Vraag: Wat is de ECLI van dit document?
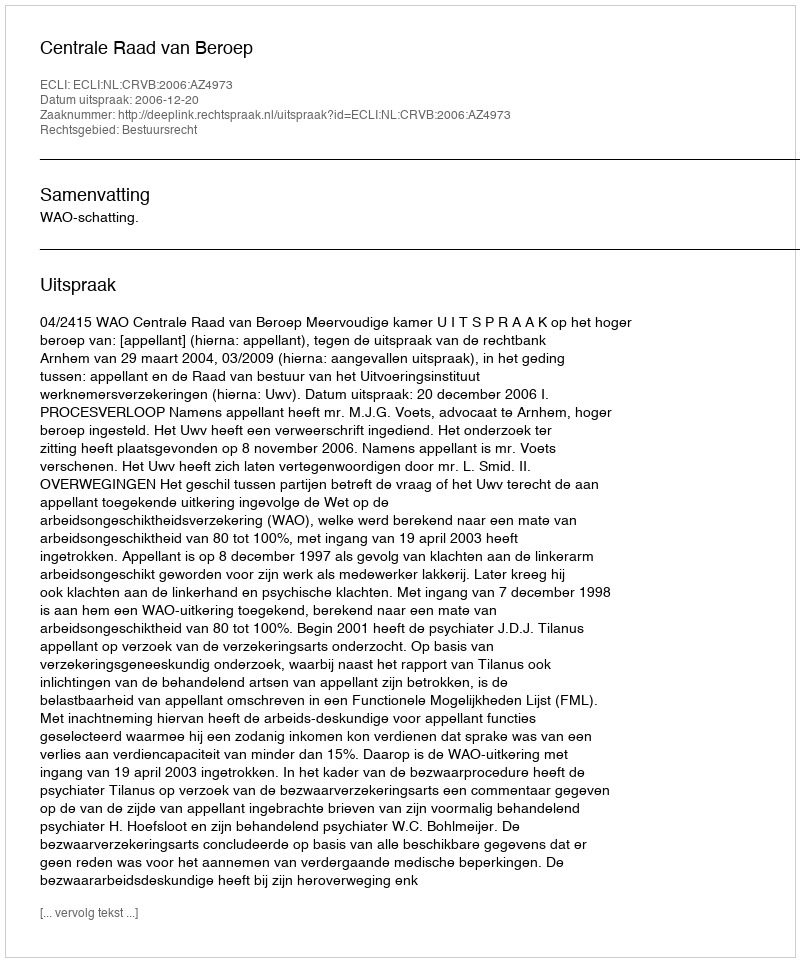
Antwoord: ECLI:NL:CRVB:2006:AZ4973